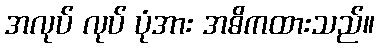
အလုပ် လုပ် ပုံအား အဓိကထားသည်။